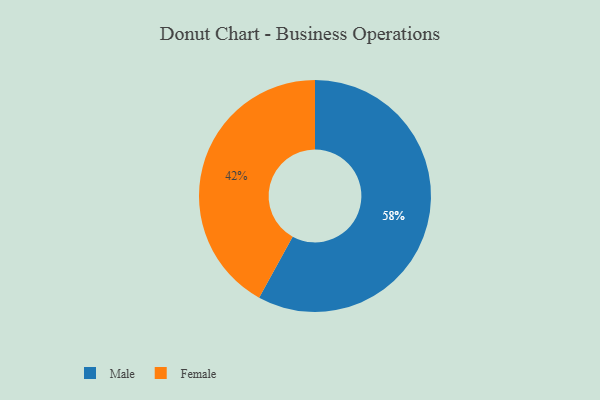
{"axis": {"x": "Category", "y": "Percentage"}, "legend": ["Female", "Male"], "data": [{"x": "Female", "y": 42, "type": "Female"}, {"x": "Male", "y": 58, "type": "Male"}]}